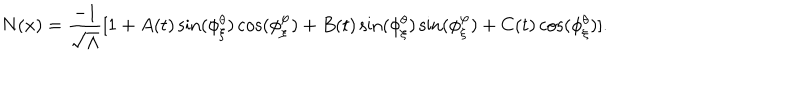
LaTeX: N ( x ) = \frac { - 1 } { \sqrt { \Lambda } } [ 1 + A ( t ) \sin ( \phi _ { \xi } ^ { \theta } ) \cos ( \phi _ { \xi } ^ { \varphi } ) + B ( t ) \sin ( \phi _ { \xi } ^ { \theta } ) \sin ( \phi _ { \xi } ^ { \varphi } ) + C ( t ) \cos ( \phi _ { \xi } ^ { \theta } ) ] .